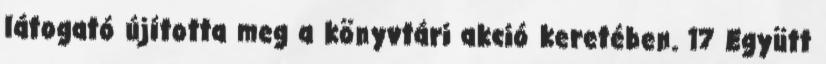
látogató újította meg a könyvtári akció keretében. 17 Együtt